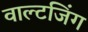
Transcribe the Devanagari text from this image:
वाल्टजिंग